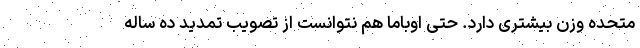
متحده وزن بیشتری دارد. حتی اوباما هم نتوانست از تصویب تمدید ده ساله